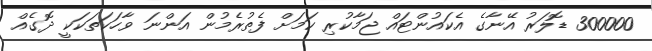
300000 ޑޮލަރު އޭނާގެ އެކައުންޓައް ޖަމާކުރި ކަމަށް ފެތުރެމުން އަންނަ ވާހަކަތަކަކީ ދޮގެއް